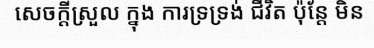
សេចក្តីស្រួល ក្នុង ការទ្រទ្រង់ ជីវិត ប៉ុន្តែ មិន